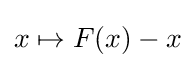
x\mapsto F(x)-x